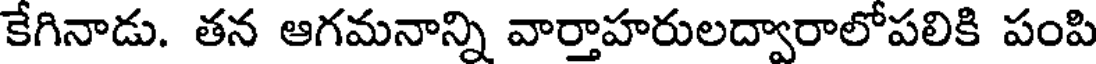
కేగినాడు. తన ఆగమనాన్ని వార్తాహరులద్వారాలోపలికి పంపి